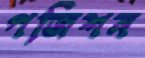
পজিশন